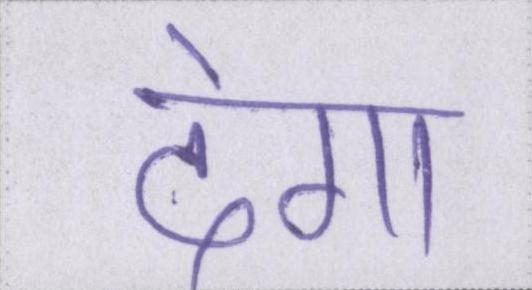
देगा